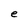
Character: e